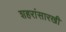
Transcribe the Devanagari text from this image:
शहरांसारखी